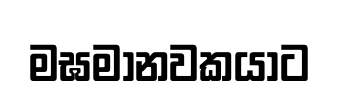
මඝමානවකයාට